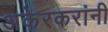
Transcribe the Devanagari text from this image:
अकेरकरांनी